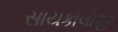
સાયકોલોજી